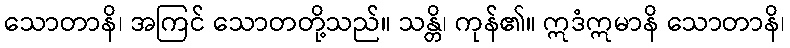
သောတာနိ၊ အကြင် သောတတို့သည်။ သန္တိ၊ ကုန်၏။ ဣဒံဣမာနိ သောတာနိ၊